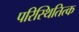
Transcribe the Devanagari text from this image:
परिस्थितित्क